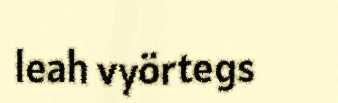
leah vyörtegs